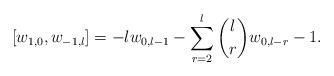
LaTeX: \begin{align*}[w_{1,0}, w_{-1,l}]=-lw_{0,l-1} - \sum_{r=2}^l \binom{l}{r} w_{0,l-r} - 1.\end{align*}